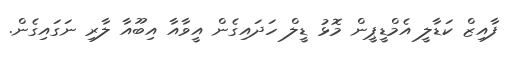
ފާއިޒް ކަޑާލީ އެމްޑީޕީން މޮޅު ޑީލް ހަދައިގެން އީވާއާ އިބޫއާ ލާރި ނަގައިގެން.